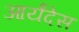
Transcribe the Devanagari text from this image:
आर्यंदेस